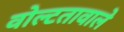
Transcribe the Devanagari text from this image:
वोल्टतावाले